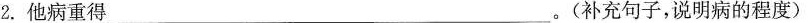
2.他病重得___。(补充句子，说明病的程度)